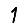
Digit: 1